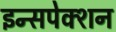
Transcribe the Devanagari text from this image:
इन्सपेक्शन